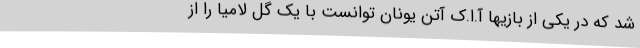
شد که در یکی از بازیها آ.ا.ک آتن یونان توانست با یک گل لامیا را از